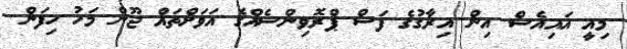
މިއީ އައިއެސް އިން އިރާގުގެ ފަސް ޕްރޮވިންސެއްގެ އަވަށްތައް ޖޫން މަހު ހިފަން